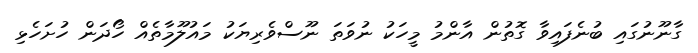
ގާނޫނުގައި ބުނެފައިވާ ގޮތުން އާންމު މީހަކު ނުވަތަ ނޫސްވެރިޔަކު މައުލޫމާތެއް ހޯދަން ހުށަހެޅި